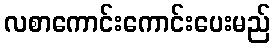
လစာကောင်းကောင်းပေးမည်